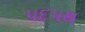
પદપથ